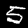
Digit: 5